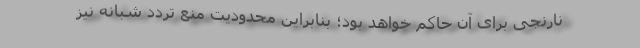
نارنجی برای آن حاکم خواهد بود؛ بنابراین محدودیت منع تردد شبانه نیز